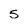
Character: 5